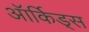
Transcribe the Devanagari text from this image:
ऑर्किड्‌स